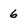
Character: 6